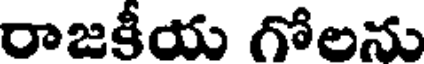
రాజకీయ గోలను